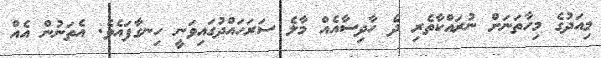
މިއަދުގެ މިހާތަނަށް ނުރައްކާތެރި ދެ ހާދިސާއެއް މާލެ ސަރަހައްދުގައިވަނީ ހިނގާފައެވެ. އެތަނުން އެއް